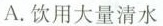
A. 饮用大量清水